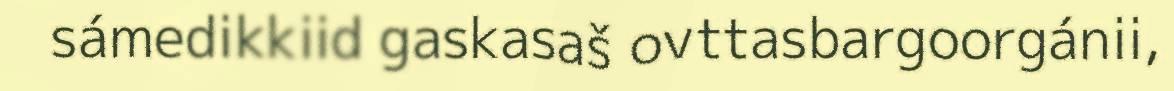
sámedikkiid gaskasaš ovttasbargoorgánii,